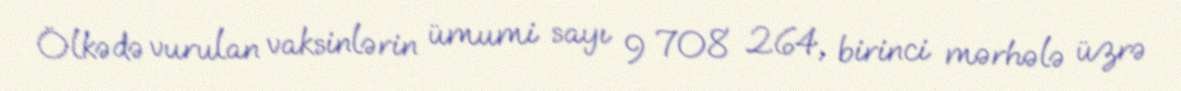
Ölkədə vurulan vaksinlərin ümumi sayı 9 708 264, birinci mərhələ üzrə